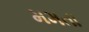
મમતા